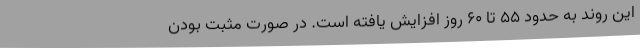
این روند به حدود 55 تا 60 روز افزایش یافته است. در صورت مثبت بودن